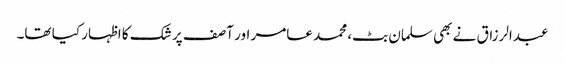
عبدالرزاق نے بھی سلمان بٹ، محمد عامر اور آصف پر شک کا اظہار کیا تھا۔